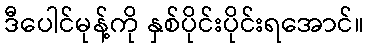
ဒီပေါင်မုန့်ကို နှစ်ပိုင်းပိုင်းရအောင်။